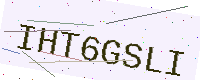
Text: IHT6GSLI